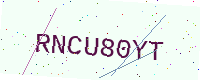
Text: RNCU80YT